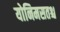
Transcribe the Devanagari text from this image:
योनिमसतश्च